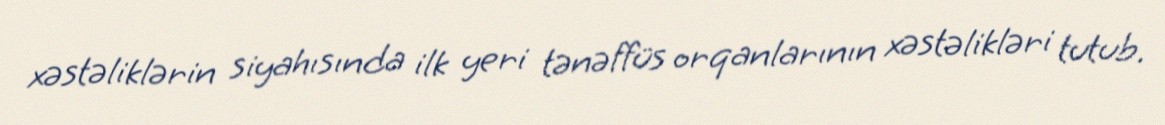
xəstəliklərin siyahısında ilk yeri tənəffüs orqanlarının xəstəlikləri tutub.